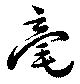
毫